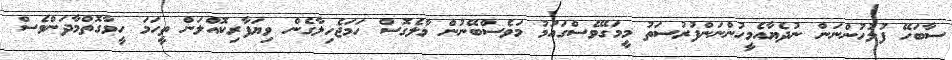
ސާބަހޭ ފުލުހުންނަން ނުދެޔާއެމީހުންނަންފުރުސަތު މީމަގޭވެސްގައުމު މަވެސްބޭނުން މާލެގޮސް ހަމަޖެހިލާގެން ވިޔަފާރިކޮއްލަން ތީހަމަ ހީވާގޮތްމާދަންވެސް